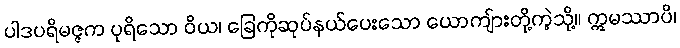
ပါဒပရိမဇ္ဇက ပုရိသော ဝိယ၊ ခြေကိုဆုပ်နယ်ပေးသော ယောကျ်ားတို့ကဲ့သို့။ ဣမဿာပိ၊